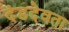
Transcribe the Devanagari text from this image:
दंडदेवता